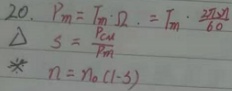
20. \(P_m = T_m\Omega = T_m\cdot\frac{2\pi n}{60}\)
\(\Delta s=\frac{P_m}{F_e}\)
\(*\ n = n_0(1 - s)\)